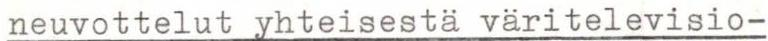
neuvottelut yhteisestä väritelevisio-